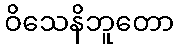
ဝိသေနိဘူတော